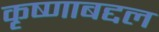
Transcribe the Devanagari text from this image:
कृष्णाबद्दल